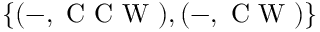
\{ ( - , \mathrm { ~ C ~ C ~ W ~ } ) , ( - , \mathrm { ~ C ~ W ~ } ) \}